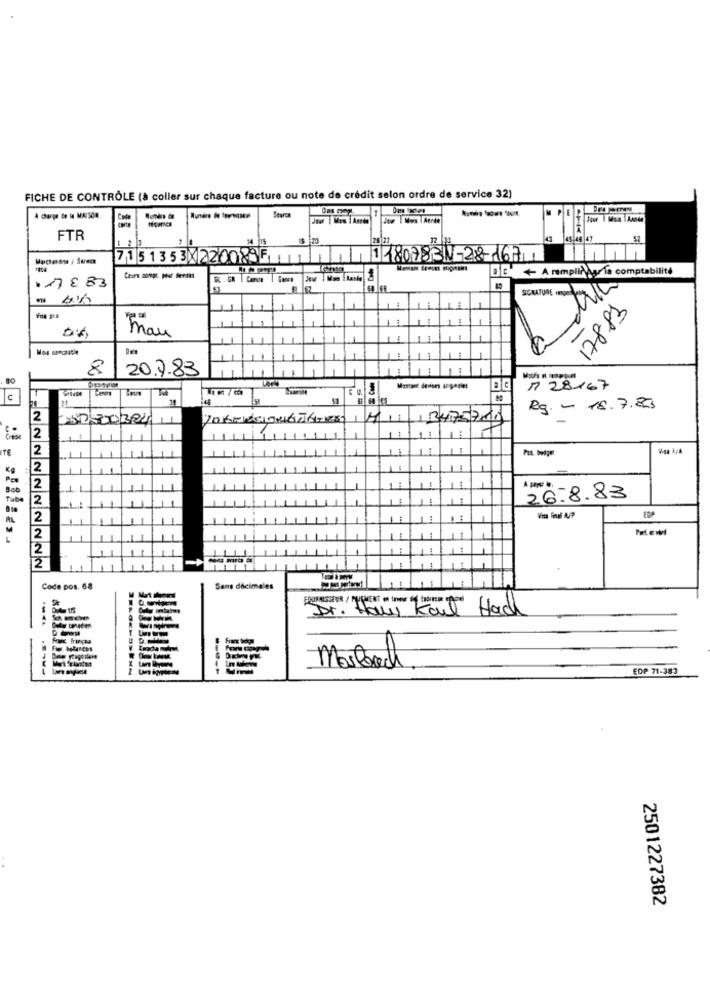
FICHE DE CONTRÔLE (à coller sur chaque facture ou note de crédit selon ordre de service 32)
M
A charge te la MAISON
Code
FTR
28 27
45-46 47
52
7151353X 220089F
11807831-28-167
+ A remplirgas la comptabilité
177883
17883
mau
1 1
8
20.7.83
7 28167
1
U
51
Rg. - 18.7.83
2
11
2475700
12
TE
12
Pas. budget
Kg
2
'T
2
- -
Tube
2
1
26.8.83
2
2
12
2
Code pos. 68
Sans décimales
Dr. Haly Karl Hack
PRLE
Moslorech
EDP 71-383
2501227382